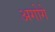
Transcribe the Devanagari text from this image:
अगोगे